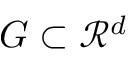
G \subset \mathcal { R } ^ { d }